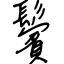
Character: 鬢